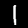
Digit: 1